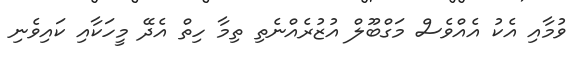
ވުމާއި އެކު އެއްވެސް މަގްބޫލް އުޒުރެއްނެތި ތިމާ ހިތް އެދޭ މީހަކާއި ކައިވެނި